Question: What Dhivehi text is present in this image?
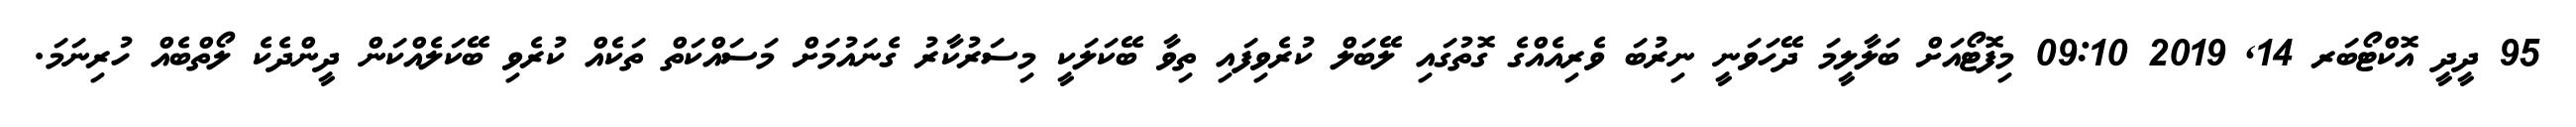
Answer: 95 ދީދީ އޮކްޓޯބަރ 14, 2019 09:10 މިފޮޓޯއަށް ބަލާލީމަ ދޭހަވަނީ ނިރުބަ ވެރިއެއްގެ ގޮތުގައި ލޭބަލް ކުރެވިފައި ތިވާ ބޭކަލަކީ މިސަރުކާރު ގެނައުމަށް މަސައްކަތް ތަކެއް ކުރެވި ބޭކަލެއްކަން ދީންދެކެ ލޯތްބެއް ހުރިނަމަ.